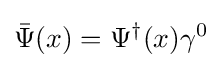
{\bar {\Psi }}(x)=\Psi ^{\dagger }(x)\gamma ^{0}